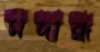
মদান্ধ